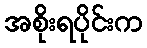
အစိုးရပိုင်းက